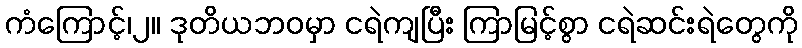
ကံကြောင့်၊၂။ ဒုတိယဘဝမှာ ငရဲကျပြီး ကြာမြင့်စွာ ငရဲဆင်းရဲတွေကို